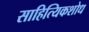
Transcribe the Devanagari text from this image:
साहित्यिकशोध